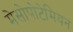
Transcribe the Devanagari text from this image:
मेसोपोटेमियन